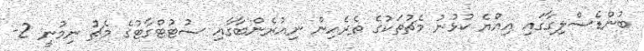
ބުންޑެސްލިގާގައި އިއްޔެ ކުޅުނު މެޗުތަކުގެ ތެރެއިން ނިއުރެންބާގާއި ސުޓުޓްގާޓުގެ މެޗު ނިމުނީ 2-